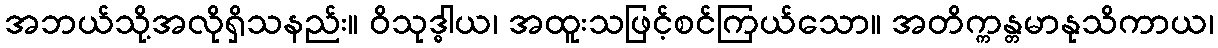
အဘယ်သို့အလိုရှိသနည်း။ ဝိသုဒ္ဓါယ၊ အထူးသဖြင့်စင်ကြယ်သော။ အတိက္ကန္တမာနုသိကာယ၊